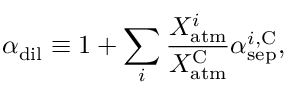
\alpha _ { \mathrm { d i l } } \equiv 1 + \sum _ { i } \frac { X _ { \mathrm { a t m } } ^ { i } } { X _ { \mathrm { a t m } } ^ { \mathrm { C } } } \alpha _ { \mathrm { s e p } } ^ { i , \mathrm { C } } ,